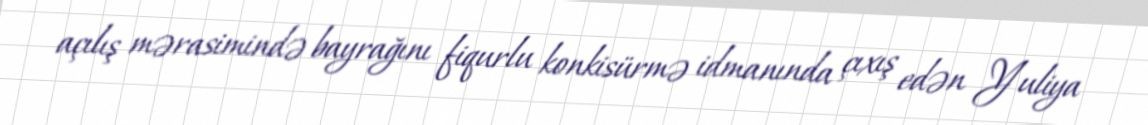
açılış mərasimində bayrağını fiqurlu konkisürmə idmanında çıxış edən Yuliya